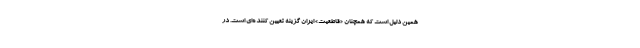
همین دلیل است که همچنان «قاطعیت» ایران گزینه تعیین کننده‌ای است. در